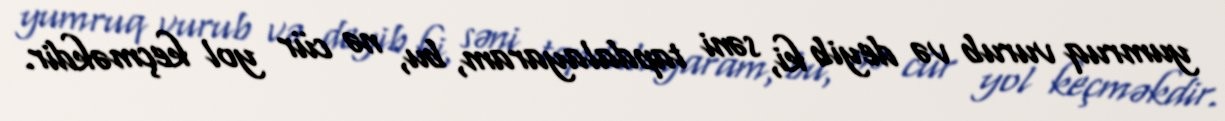
yumruq vurub və deyib ki, səni tapdalayaram, bu, nə cür yol keçməkdir.